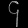
Digit: ၄